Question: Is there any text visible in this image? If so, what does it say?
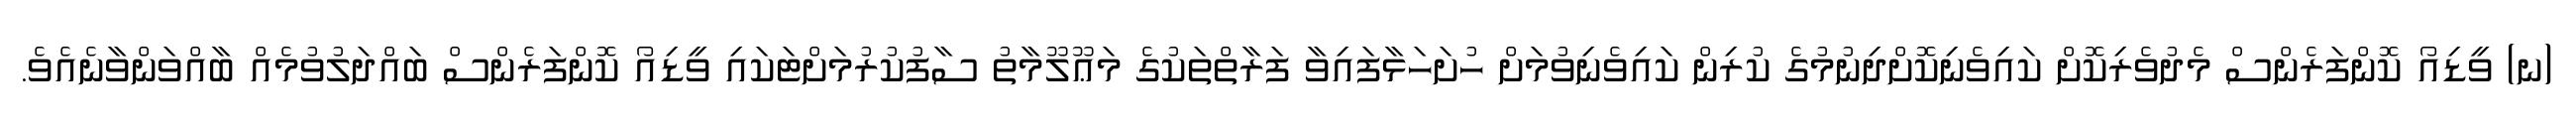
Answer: (ނ) ވީޑިއޯ ކޮންފަރެންސް މެދުވެރިކޮށް ކައިވެނިކޮށްދިނުމުގެ ކުރިން ކައިވެނިވުމަށް ހުށަހަޅާފައިވާ ފަރާތްތަކުގެ މަޢޫލޫމާތު ސާފުކުރުމަށްޓަކައި ވީޑިއޯ ކޮންފަރެންސް ބައްދަލުވުމެއް ބާއްވަންވާނެއެވެ.